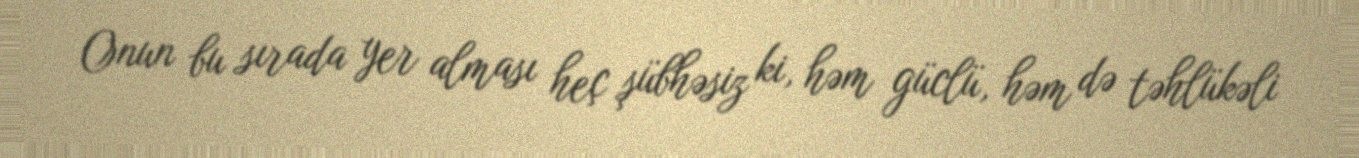
Onun bu sırada yer alması heç şübhəsiz ki, həm güclü, həm də təhlükəli